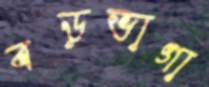
বড়ভাগা